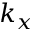
k _ { x }